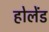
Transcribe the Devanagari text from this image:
होलेंड